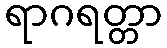
ရာဂရတ္တာ